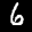
Label: 6